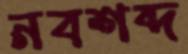
নবশব্দ